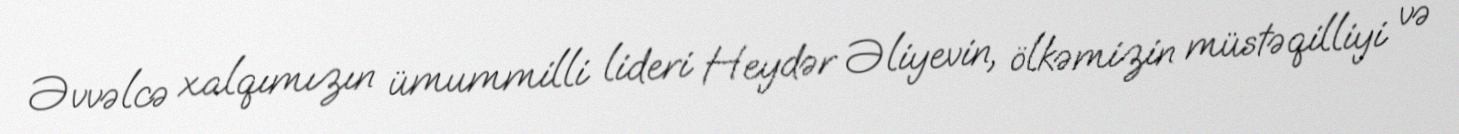
Əvvəlcə xalqımızın ümummilli lideri Heydər Əliyevin, ölkəmizin müstəqilliyi və